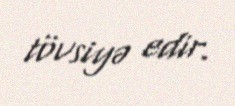
tövsiyə edir.